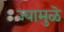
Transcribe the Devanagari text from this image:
ज्यामुळॆ